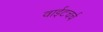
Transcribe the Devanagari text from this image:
वाईटचर्च